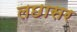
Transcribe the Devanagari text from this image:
लछासर